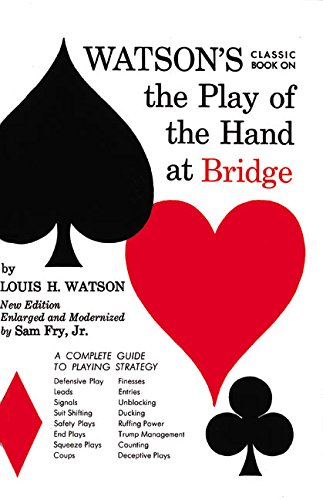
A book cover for Watson's Classic Book on The Play of the Hand at Bridge; Louis H. Watson; Humor & Entertainment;